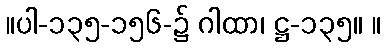
။ပါ-၁၃၅-၁၅၆-၌ ဂါထာ၊ ဋ္ဌ-၁၃၅။ ။